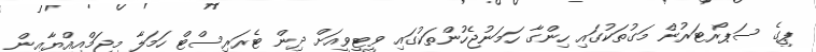
ޕީގެ ސަޕޯރޓަރުން މަގުތަކުގައި ހިންގާ ހަމަނުޖެހުންތަކުގައި ވީޓީވީއަށް ދިން ޓެރަރިސްޓް ހަމަލާ މިޖަމްއިއްޔާއިން